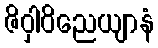
ဇိဝှါဝိညေယျာနံ